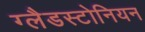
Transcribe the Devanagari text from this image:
ग्लैडस्टोनियन